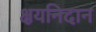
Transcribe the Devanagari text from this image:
क्षयनिदान